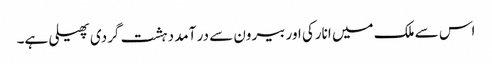
اس سے ملک میں انارکی اور بیرون سے در آمد دہشت گردی پھیلی ہے۔